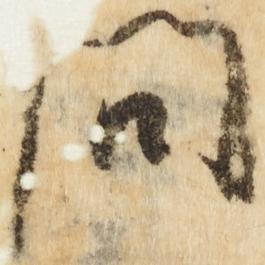
問